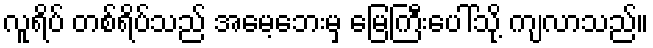
လူရိပ် တစ်ရိပ်သည် အမေ့ဘေးမှ မြေကြီးပေါ်သို့ ကျလာသည်။